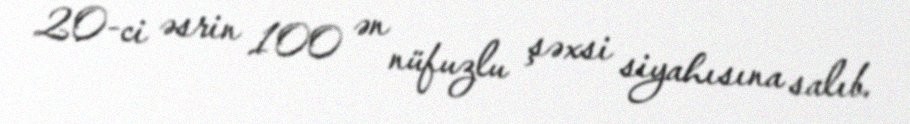
20-ci əsrin 100 ən nüfuzlu şəxsi siyahısına salıb.